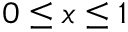
0 \le x \le 1